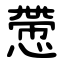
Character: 慸